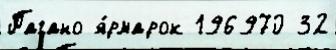
Пагано я́рмарок 196970 32